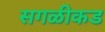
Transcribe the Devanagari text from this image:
सगळीकड